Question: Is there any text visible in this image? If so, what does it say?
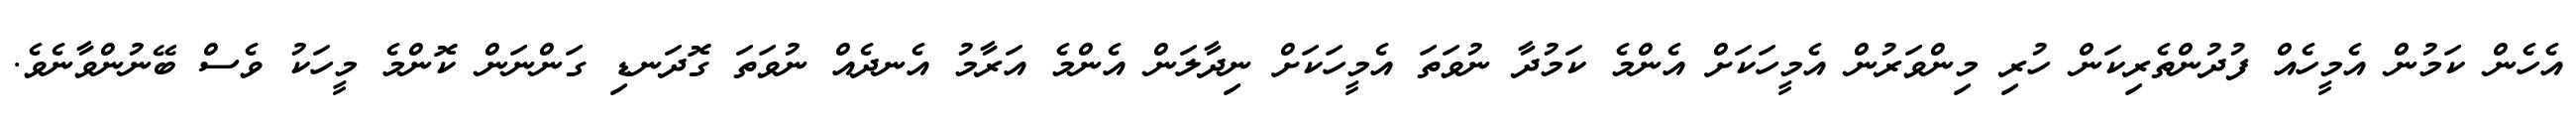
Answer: އެހެން ކަމުން އެމީހެއް ފުދުންތެރިކަން ހުރި މިންވަރުން އެމީހަކަށް އެންމެ ކަމުދާ ނުވަތަ އެމީހަކަށް ނިދާލަން އެންމެ އަރާމު އެނދެއް ނުވަތަ ގޮދަނޑި ގަންނަން ކޮންމެ މީހަކު ވެސް ބޭނުންވާނެވެ.